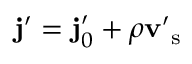
\ensuremath { \mathbf { j } } ^ { \prime } = \ensuremath { \mathbf { j } _ { 0 } ^ { \prime } } + \rho \ensuremath { \mathbf { v } } _ { \mathrm { ~ s ~ } } ^ { \prime }